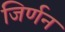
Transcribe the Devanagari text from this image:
जिर्णन